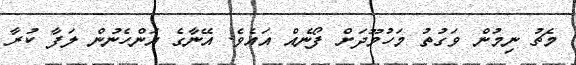
މެޗު ނިމުން ވަގުތު މަހުމޫދަށް ފޯނެއް އައެވެ. އޭނާގެ އަންހެނުން ލަފާ ކުރާ